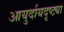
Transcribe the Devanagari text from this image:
आयुर्दायदृष्ट्या